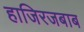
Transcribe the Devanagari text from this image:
हाजिरजबाब